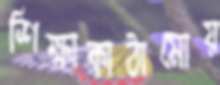
শিক্ষাকাঠামোয়